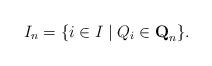
LaTeX: \begin{align*}I_n=\{i\in I\mid Q_i\in \textbf{Q}_n\}.\end{align*}